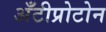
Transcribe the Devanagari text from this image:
अँटीप्रोटोन